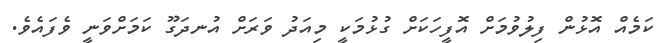
ކަމެއް އޮޅުން ފިލުވުމަށް އޮފީހަކަށް ގުޅުމަކީ މިއަދު ވަރަށް އުނދަގޫ ކަމަށްވަނީ ވެފައެވެ.